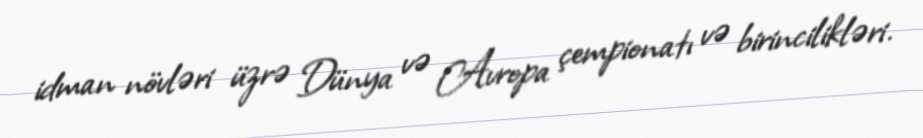
idman növləri üzrə Dünya və Avropa çempionatı və birincilikləri.